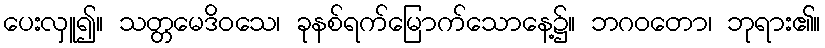
ပေးလှူ၍။ သတ္တမေဒိဝသေ၊ ခုနစ်ရက်မြောက်သောနေ့၌။ ဘဂဝတော၊ ဘုရား၏။